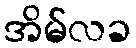
အိမ်လခ